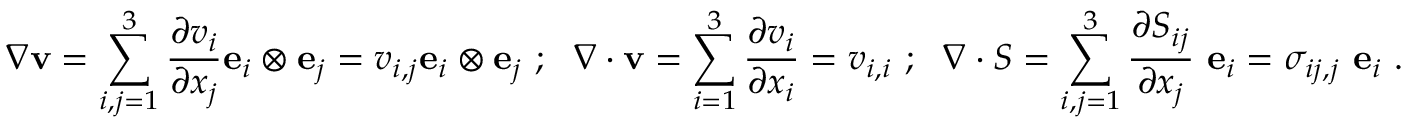
{ \boldsymbol { \nabla } } \mathbf { v } = \sum _ { i , j = 1 } ^ { 3 } { \frac { \partial v _ { i } } { \partial x _ { j } } } \mathbf { e } _ { i } \otimes \mathbf { e } _ { j } = v _ { i , j } \mathbf { e } _ { i } \otimes \mathbf { e } _ { j } ~ ; ~ ~ { \boldsymbol { \nabla } } \cdot \mathbf { v } = \sum _ { i = 1 } ^ { 3 } { \frac { \partial v _ { i } } { \partial x _ { i } } } = v _ { i , i } ~ ; ~ ~ { \boldsymbol { \nabla } } \cdot { \boldsymbol { S } } = \sum _ { i , j = 1 } ^ { 3 } { \frac { \partial S _ { i j } } { \partial x _ { j } } } ~ \mathbf { e } _ { i } = \sigma _ { i j , j } ~ \mathbf { e } _ { i } ~ .